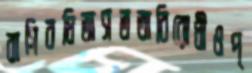
বাগিবধিঅসততাবিরোধীওপ্